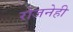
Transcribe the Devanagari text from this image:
रोजनेही